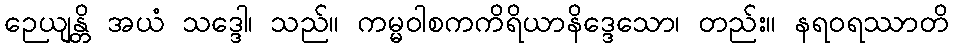
ဉေယျန္တိ အယံ သဒ္ဒေါ၊ သည်။ ကမ္မဝါစကကိရိယာနိဒ္ဒေသော၊ တည်း။ နရဝရဿာတိ